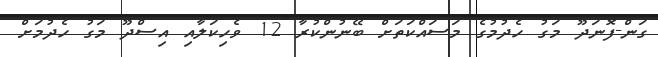
ގަން-ފޮނަދޫ މަގު ހެދުމުގެ މަސައްކަތަށް ބޭނުންކުރާ 12 ވެހިކަލާއި އިސްދޫ މަގު ހެދުމަށް